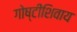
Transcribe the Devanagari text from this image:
गोष्‍टींशिवाय